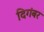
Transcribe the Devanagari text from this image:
दिगंबर